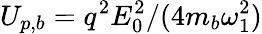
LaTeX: U_{p,b}=q^{2}E_{0}^{2}/(4m_{b}\omega_{1}^{2})